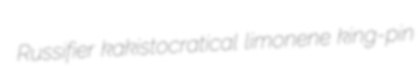
Russifier kakistocratical limonene king-pin